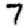
Digit: 7